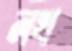
নখ